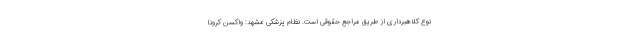
نوع کلاهبرداری از طریق مراجع حقوقی است. نظام پزشکی مشهد: واکسن کرونا